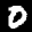
Label: 0